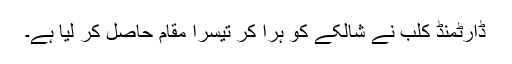
ڈارٹمنڈ کلب نے شالکے کو ہرا کر تیسرا مقام حاصل کر لیا ہے۔